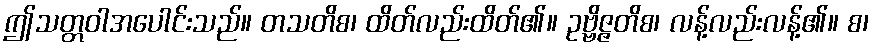
ဤသတ္တဝါအပေါင်းသည်။ တသတိစ၊ ထိတ်လည်းထိတ်၏။ ဥဗ္ဗိဇ္ဇတိစ၊ လန့်လည်းလန့်၏။ စ၊